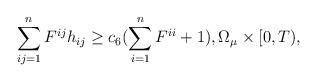
LaTeX: \begin{align*} \sum\limits_{ij=1}^n F^{ij} h_{ij} \geq c_6 (\sum\limits_{i=1}^n F^{ii} + 1), \Omega_\mu \times [0, T),\end{align*}